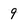
Character: 9